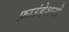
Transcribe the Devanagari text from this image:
फ़ाउंडेशनों